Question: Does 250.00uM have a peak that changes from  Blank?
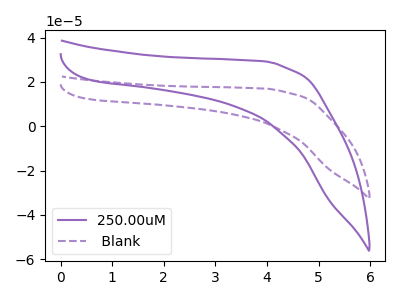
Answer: <think>The purple curve "250.00uM" has no peaks. The purple dashed curve " Blank" has no peaks.
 Neither "250.00uM" or " Blank" have any peaks.</think>
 <answer>No, "250.00uM" and " Blank" don't appear to be significantly different in shape</answer>
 <eval>no_change</eval>